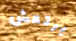
يرتعش